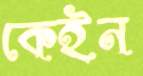
কেইন